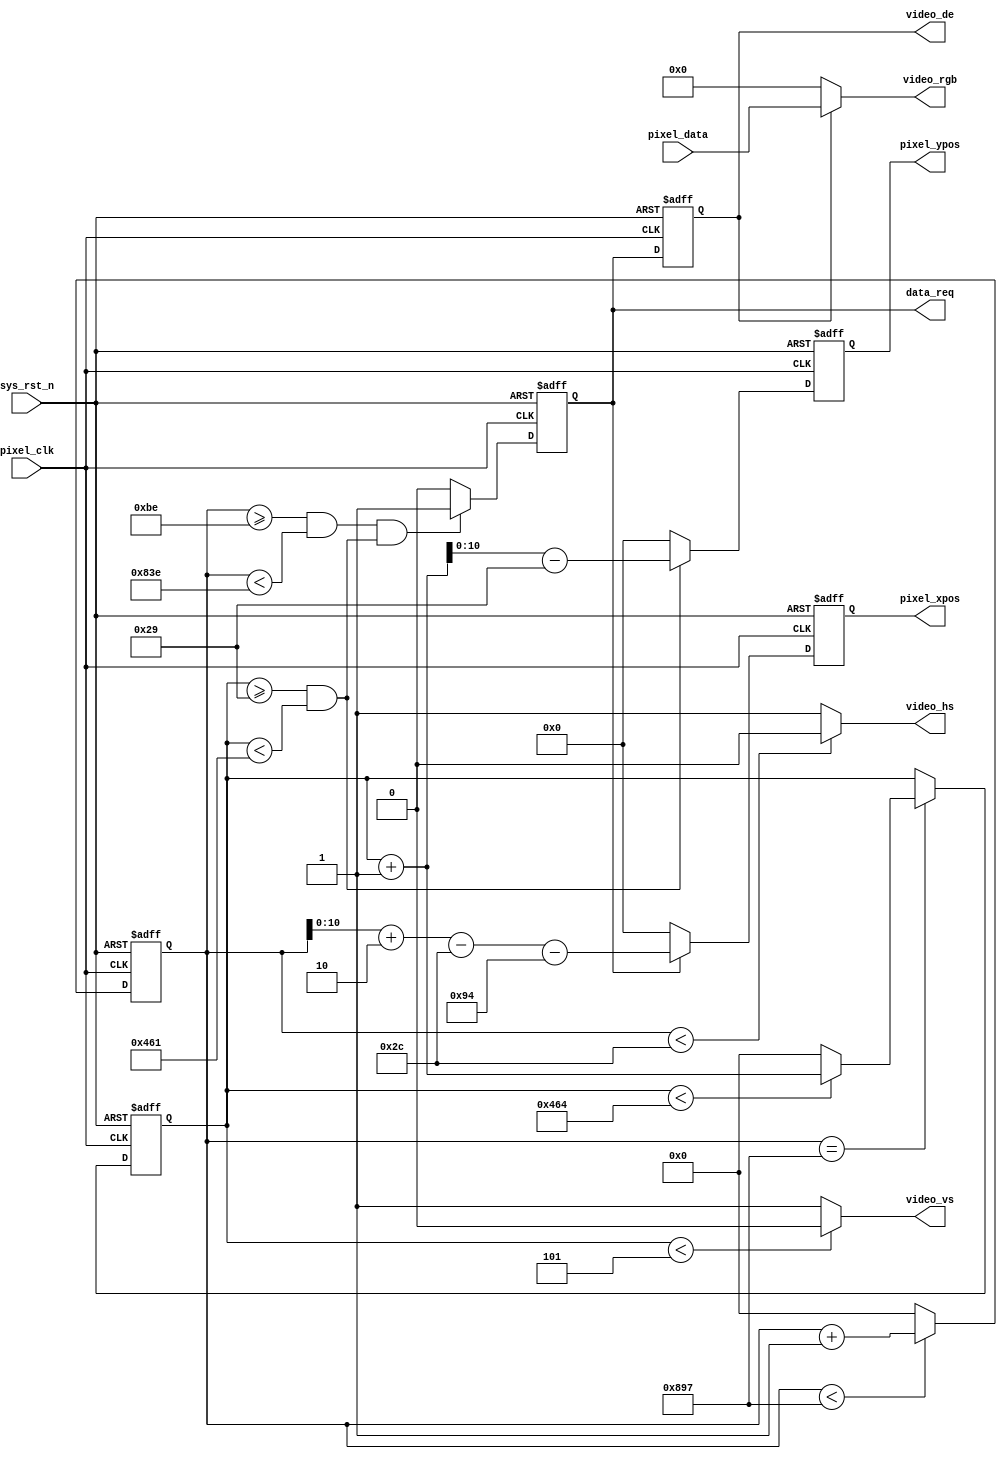
module video_driver(
    input           	pixel_clk	,
    input           	sys_rst_n	,
		
    //RGB	
    output          	video_hs	,     //
    output          	video_vs	,     //
    output          	video_de	,     //
    output  	[23:0]  video_rgb	,    //RGB888
    output	reg			data_req 	,
	
    input   	[23:0]  pixel_data	,   //
    output  reg	[10:0]  pixel_xpos	,   //
    output  reg	[10:0]  pixel_ypos    //
);

//parameter define

//1280*720 
//parameter  H_SYNC   =  11'd40;   //
//parameter  H_BACK   =  11'd220;  //
//parameter  H_DISP   =  11'd1280; //
//parameter  H_FRONT  =  11'd110;  //
//parameter  H_TOTAL  =  11'd1650; //

//parameter  V_SYNC   =  11'd5;    //
//parameter  V_BACK   =  11'd20;   //
//parameter  V_DISP   =  11'd720;  //
//parameter  V_FRONT  =  11'd5;    //
//parameter  V_TOTAL  =  11'd750;  //

//1920*1080
parameter  H_SYNC   =  12'd44;   //
parameter  H_BACK   =  12'd148;  //
parameter  H_DISP   =  12'd1920; //
parameter  H_FRONT  =  12'd88;  //
parameter  H_TOTAL  =  12'd2200; //

parameter  V_SYNC   =  12'd5;    //
parameter  V_BACK   =  12'd36;   //
parameter  V_DISP   =  12'd1080;  //
parameter  V_FRONT  =  12'd4;    //
parameter  V_TOTAL  =  12'd1125;  //

//reg define
reg  [11:0] cnt_h;
reg  [11:0] cnt_v;
reg       	video_en;

//*****************************************************
//**                    main code
//*****************************************************

assign video_de  = video_en;
assign video_hs  = ( cnt_h < H_SYNC ) ? 1'b0 : 1'b1;  //
assign video_vs  = ( cnt_v < V_SYNC ) ? 1'b0 : 1'b1;  //

//RGB
always @(posedge pixel_clk or negedge sys_rst_n) begin
	if(!sys_rst_n)
		video_en <= 1'b0;
	else
		video_en <= data_req;
end

//RGB888
assign video_rgb = video_de ? pixel_data : 24'd0;

//
always @(posedge pixel_clk or negedge sys_rst_n) begin
	if(!sys_rst_n)
		data_req <= 1'b0;
	else if(((cnt_h >= H_SYNC + H_BACK - 2'd2) && (cnt_h < H_SYNC + H_BACK + H_DISP - 2'd2))
                  && ((cnt_v >= V_SYNC + V_BACK) && (cnt_v < V_SYNC + V_BACK+V_DISP)))
		data_req <= 1'b1;
	else
		data_req <= 1'b0;
end

//x
always@ (posedge pixel_clk or negedge sys_rst_n) begin
    if(!sys_rst_n)
        pixel_xpos <= 11'd0;
    else if(data_req)
        pixel_xpos <= cnt_h + 2'd2 - H_SYNC - H_BACK ;
    else 
        pixel_xpos <= 11'd0;
end
    
//y	
always@ (posedge pixel_clk or negedge sys_rst_n) begin
    if(!sys_rst_n)
        pixel_ypos <= 11'd0;
    else if((cnt_v >= (V_SYNC + V_BACK)) && (cnt_v < (V_SYNC + V_BACK + V_DISP)))
        pixel_ypos <= cnt_v + 1'b1 - (V_SYNC + V_BACK) ;
    else 
        pixel_ypos <= 11'd0;
end

//
always @(posedge pixel_clk or negedge sys_rst_n) begin
    if (!sys_rst_n)
        cnt_h <= 11'd0;
    else begin
        if(cnt_h < H_TOTAL - 1'b1)
            cnt_h <= cnt_h + 1'b1;
        else 
            cnt_h <= 11'd0;
    end
end

//
always @(posedge pixel_clk or negedge sys_rst_n) begin
    if (!sys_rst_n)
        cnt_v <= 11'd0;
    else if(cnt_h == H_TOTAL - 1'b1) begin
        if(cnt_v < V_TOTAL - 1'b1)
            cnt_v <= cnt_v + 1'b1;
        else 
            cnt_v <= 11'd0;
    end
end

endmodule